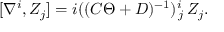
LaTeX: [ \nabla ^ { i } , Z _ { j } ] = i ( ( { \cal C } \Theta + { \cal D } ) ^ { - 1 } ) _ { \, j } ^ { i } \, Z _ { j } .